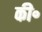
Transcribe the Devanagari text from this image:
की॰